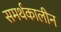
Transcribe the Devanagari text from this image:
समर्थकालीन